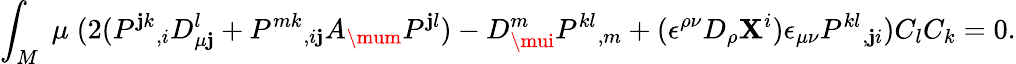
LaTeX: \int_{M}\; \mu\; (2(P^{\mathbf{j}k}{}_{,i}D_{\mu\mathbf{j}}^{l}+P^{mk}{}_{,i\mathbf{j}}A_{\mum}P^{\mathbf{j}l})-D_{\mui}^{m}P^{kl}{}_{,m}+(\epsilon^{\rho\nu}D_{\rho}\mathbf{X}^{i})\epsilon_{\mu\nu}P^{kl}{}_{,\mathbf{j}i})C_{l}C_{k}=0.